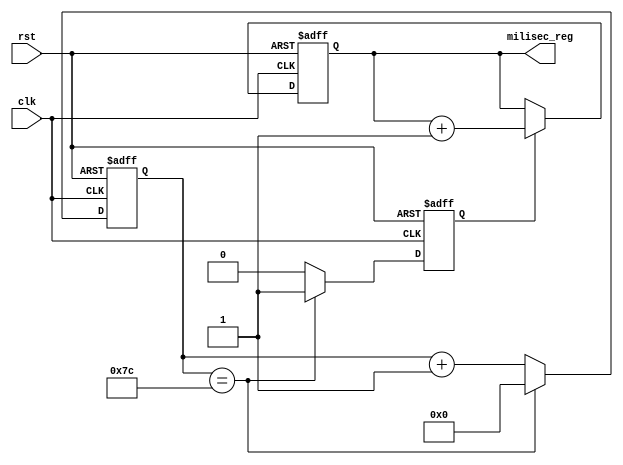

module RTC #(parameter divisor=125, bitsNumber=31)(
        input wire       clk,
        input wire       rst,
        output wire [bitsNumber:0] milisec_reg
    );

    reg [bitsNumber:0] miliseconds;
    reg clock_1KHz_enable;
    reg [bitsNumber:0] counter;

    initial begin
        counter = 32'b0;
        miliseconds = 32'b0;
        clock_1KHz_enable = 1'b0;
    end

    always@(posedge clk, posedge rst)begin
        if(rst)begin
            counter <= 32'd0;
            clock_1KHz_enable <= 1'b0;        
        end else begin
            if(counter == divisor-1)begin
                counter  <= 32'd0; 
                clock_1KHz_enable <= 1'b1;
            end else begin
                counter <= counter + 1;
                clock_1KHz_enable <= 1'b0;
            end
        end
    end

    always@(posedge clk, posedge rst)begin
        if(rst)begin
            miliseconds <= 32'b0;
        end else if(clock_1KHz_enable)begin
            miliseconds <= miliseconds + 1;
        end
    end

    assign milisec_reg = miliseconds;


endmodule